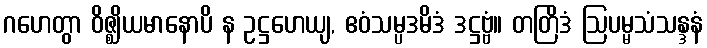
ဂဟေတွာ ဝိဇ္ဈိယမာနောပိ န ဥဋ္ဌဟေယျ, ဧဝံသမ္ပဒမိဒံ ဒဋ္ဌဗ္ဗံ။ တတြိဒံ ဩပမ္မသံသန္ဒနံ